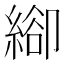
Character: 𦃁